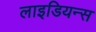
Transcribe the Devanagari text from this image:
लाइडियन्स